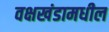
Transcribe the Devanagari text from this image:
वक्षखंडामधील